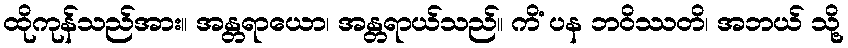
ထိုကုန်သည်အား။ အန္တရာယော၊ အန္တရာယ်သည်။ ကိံ ပန ဘဝိဿတိ၊ အဘယ် သို့